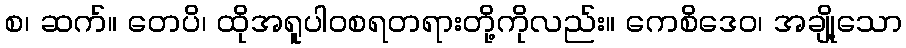
စ၊ ဆက်။ တေပိ၊ ထိုအရူပါဝစရတရားတို့ကိုလည်း။ ကေစိဒေဝ၊ အချို့သော